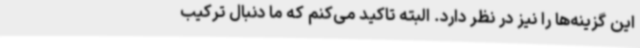
این گزینه‌ها را نیز در نظر دارد. البته تاکید می‌کنم که ما دنبال ترکیب